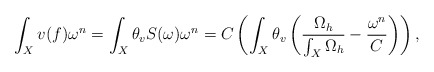
\begin{align*}\int_{X} v(f)\omega^{n}=\int_{X}\theta_{v}S(\omega)\omega^{n}=C\left(\int_{X}\theta_{v}\left(\frac{\Omega_{h}}{\int_{X}\Omega_{h}}-\frac{\omega^{n}}{C}\right)\right),\end{align*}